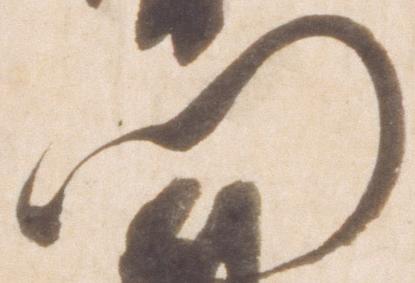
門